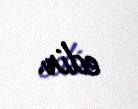
edir.